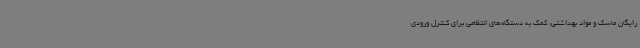
رایگان ماسک و مواد بهداشتی، کمک به دستگاه‌های انتظامی برای کنترل ورودی